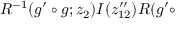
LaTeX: { \cal R } ^ { - 1 } ( g ^ { \prime } \circ g ; z _ { 2 } ) I ( z _ { 1 2 } ^ { \prime \prime } ) { \cal R } ( g ^ { \prime } \circ